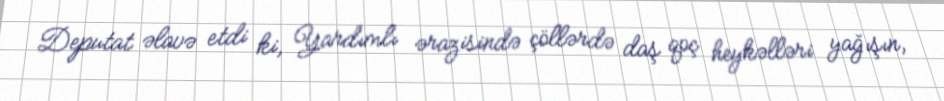
Deputat əlavə etdi ki, Yardımlı ərazisində çöllərdə daş qoç heykəlləri yağışın,